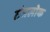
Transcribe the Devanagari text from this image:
तंत्रलोक